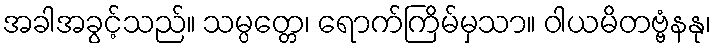
အခါအခွင့်သည်။ သမ္ပတ္တေ၊ ရောက်ကြိမ်မှသာ။ ဝါယမိတဗ္ဗံနနု၊